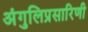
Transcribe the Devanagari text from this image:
अंगुलिप्रसारिणी